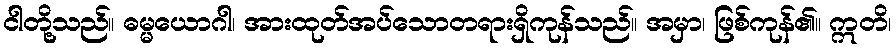
ငါတို့သည်။ ဓမ္မယောဂါ၊ အားထုတ်အပ်သောတရားရှိကုန်သည်။ အမှာ၊ ဖြစ်ကုန်၏။ ဣတိ၊